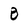
Character: B